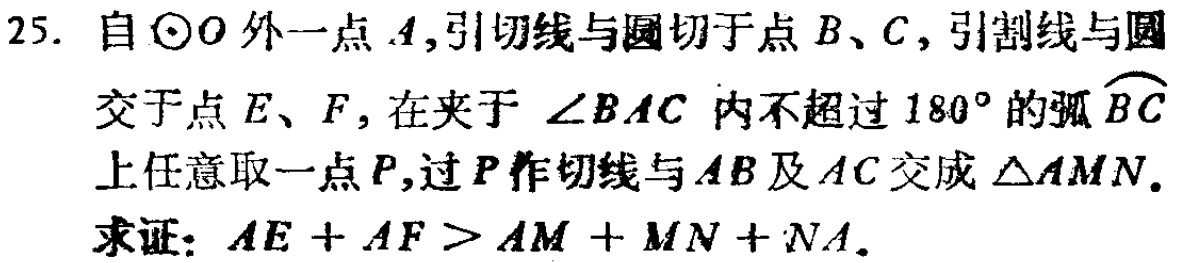
25. 自$\odot O$外一点$A$,引切线与圆切于点$B、C$,引割线与圆交于点$E、F$,在夹于$\angle BAC$内不超过$180^{\circ}$的弧$\overset{\frown}{BC}$上任意取一点$P$,过$P$作切线与$AB$及$AC$交成$\triangle AMN$. 求证：$AE + AF>AM + MN + NA$.